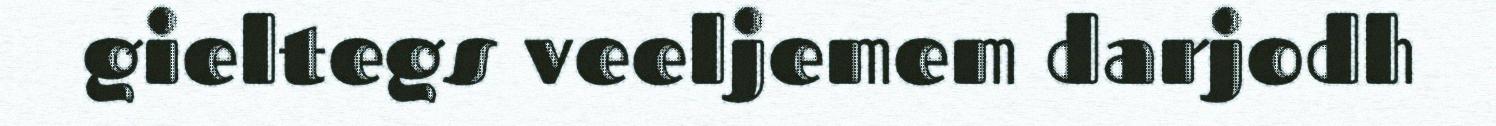
gieltegs veeljemem darjodh